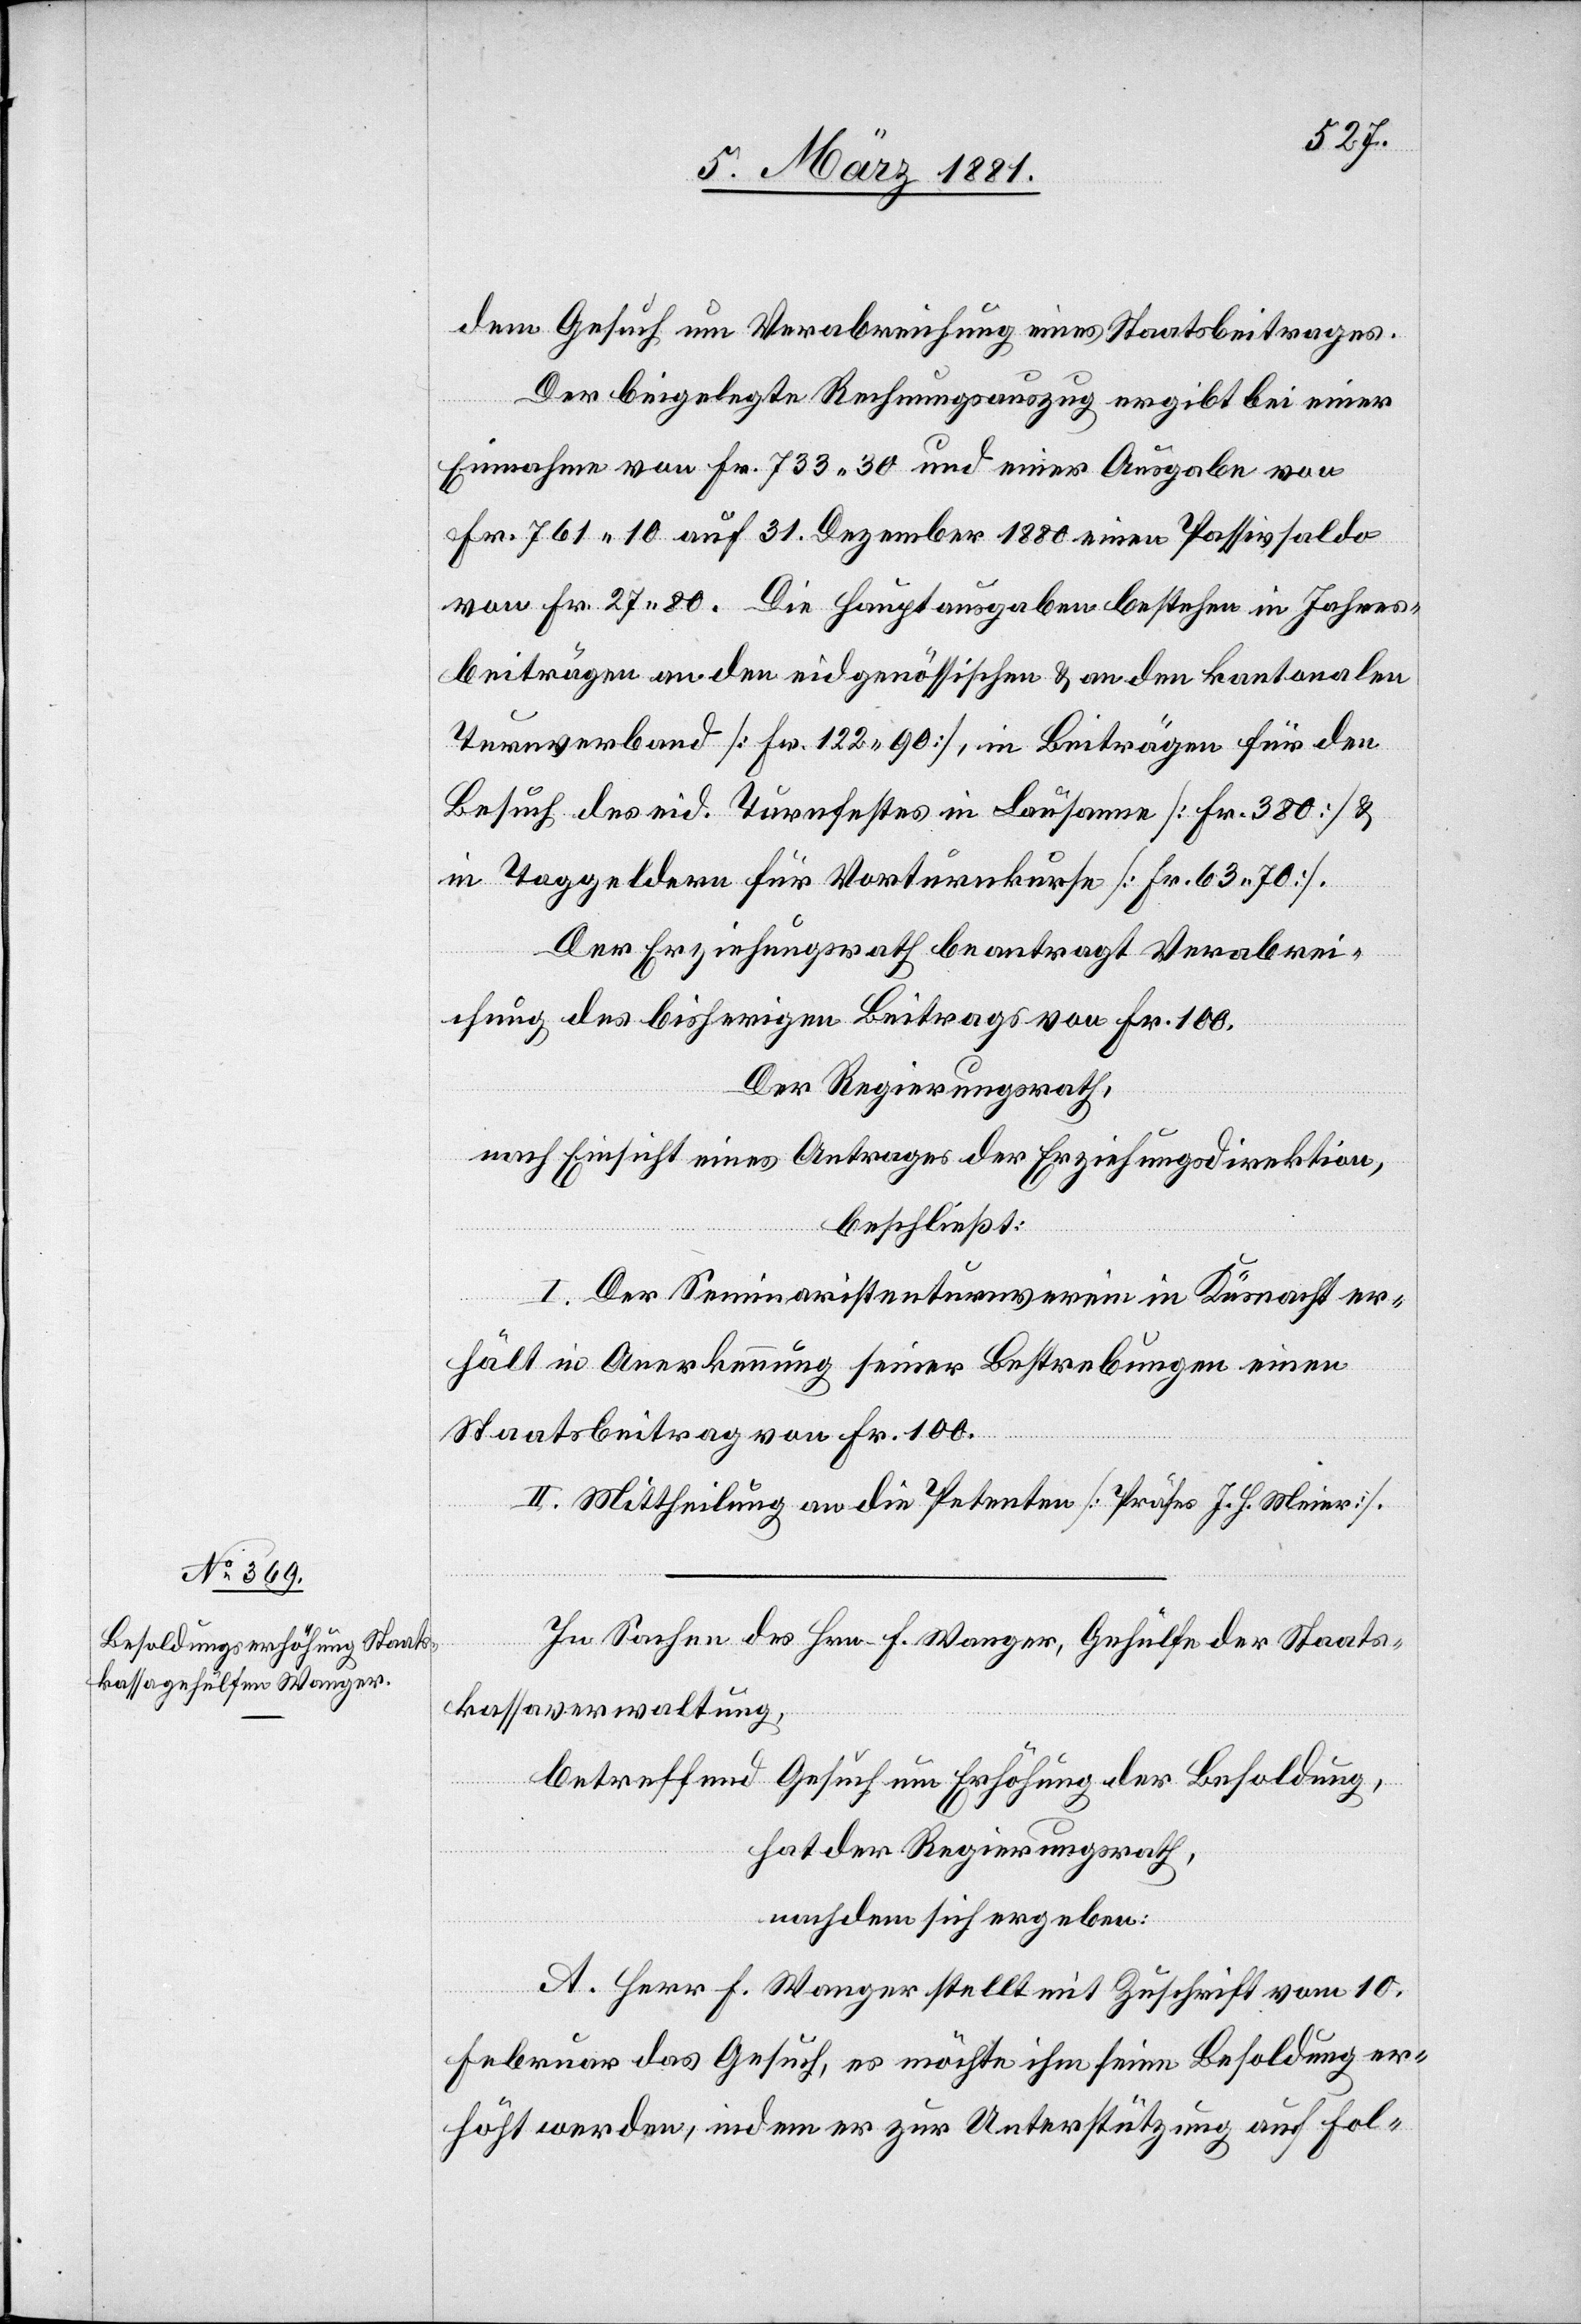
dem Gesuch um Verabreichung eines Staatsbeitrages.
Der beigelegte Rechnungsauszug ergibt bei einer
Einnahme von Fr. 733 30 und einer Ausgabe von
Fr. 761 10 auf 31. Dezember 1880 einen Passivsaldo
von Fr. 27 80. Die Hauptausgaben bestehen in Jahres¬
beiträgen an den eidgenössischen & an den kantonalen
Turnverband [Fr. 122 90], in Beiträgen für den
Besuch des eid. Turnfestes in Lausanne [Fr. 380] &
in Taggeldern für Vorturnkurse [Fr. 63 70].
Der Erziehungsrath beantragt Verabrei¬
chung des bisherigen Beitrags von Fr. 100.
Der Regierungsrath,
nach Einsicht eines Antrages der Erziehungsdirektion,
beschließt:
I. Der Seminaristenturnverein in Küsnacht er¬
hält in Anerkennung seiner Bestrebungen einen
Staatsbeitrag von Fr. 100.
II. Mittheilung an die Petenten [Präfes J. H. Meier].
In Sachen des Hrn. F. Wanger, Gehülfe der Staats¬
kassaverwaltung,
betreffend Gesuch um Erhöhung der Besoldung,
hat der Regierungsrath,
nachdem sich ergeben:
A. Herr F. Wanger stellt mit Zuschrift vom 10.
Februar das Gesuch, es möchte ihm seine Besoldung er¬
höht werden, indem er zur Unterstützung auf Fol-